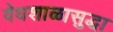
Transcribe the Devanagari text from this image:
वेधशाळासुद्धा